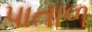
પાતાળ